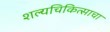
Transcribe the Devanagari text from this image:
शल्यचिकित्साचा